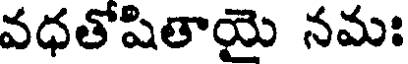
వధతోషితాయై నమః